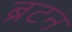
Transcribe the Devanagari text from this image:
ब्रटन